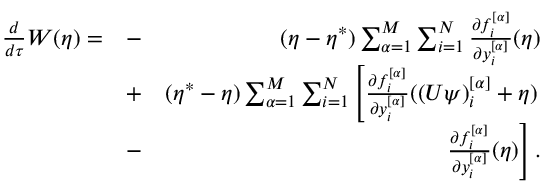
\begin{array} { r l r } { \frac { d } { d \tau } W ( \eta ) = } & { - } & { ( \eta - \eta ^ { * } ) \sum _ { \alpha = 1 } ^ { M } \sum _ { i = 1 } ^ { N } \frac { \partial f _ { i } ^ { [ \alpha ] } } { \partial y _ { i } ^ { [ \alpha ] } } ( \eta ) } \\ & { + } & { ( \eta ^ { * } - \eta ) \sum _ { \alpha = 1 } ^ { M } \sum _ { i = 1 } ^ { N } \left[ \frac { \partial f _ { i } ^ { [ \alpha ] } } { \partial y _ { i } ^ { [ \alpha ] } } ( ( U \psi ) _ { i } ^ { [ \alpha ] } + \eta ) \right. } \\ & { - } & { \left. \frac { \partial f _ { i } ^ { [ \alpha ] } } { \partial y _ { i } ^ { [ \alpha ] } } ( \eta ) \right] . } \end{array}